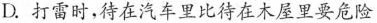
D.打雷时，待在汽车里比待在木屋里要危险